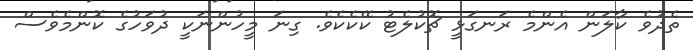
ތެދުވެ ކާލަން އެންމެ ރަނގަޅީ ޗޮކުލެޓު ކޭކެކެވެ. ގިނަ މީހުންނަކީ ދުވަހުގެ ކޮންމެވެސް